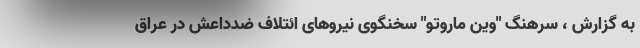
به گزارش ، سرهنگ "وین ماروتو" سخنگوی نیروهای ائتلاف ضدداعش در عراق